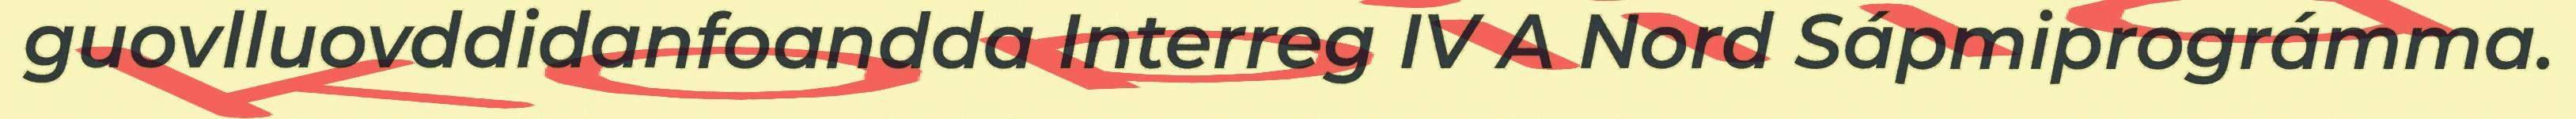
guovlluovddidanfoandda Interreg IV A Nord Sápmiprográmma.